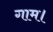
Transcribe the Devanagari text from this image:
गाम।